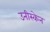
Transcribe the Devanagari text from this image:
उनीस्केन